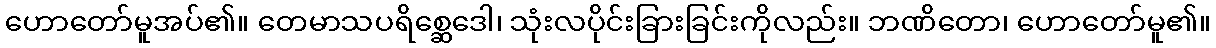
ဟောတော်မူအပ်၏။ တေမာသပရိစ္ဆေဒေါ၊ သုံးလပိုင်းခြားခြင်းကိုလည်း။ ဘဏိတော၊ ဟောတော်မူ၏။